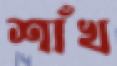
শাঁখ